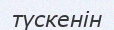
түскенін